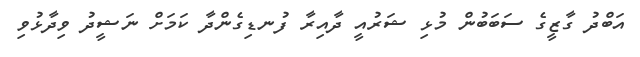
އަބްދު ގާޒީގެ ސަބަބުން މުޅި ޝަރުއީ ދާއިރާ ފުނޑިގެންދާ ކަމަށް ނަޝީދު ވިދާޅުވި